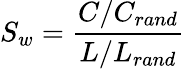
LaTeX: S_{w}=\frac{C/C_{rand}}{L/L_{rand}}